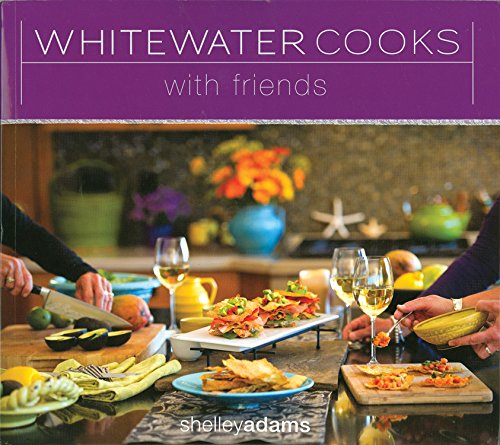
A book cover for Whitewater Cooks with Friends [Paperback]; Shelley Adams; Cookbooks, Food & Wine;